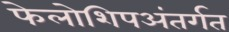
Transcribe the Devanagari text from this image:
फेलोशिपअंतर्गत